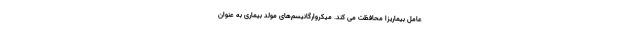
عامل بیماریزا محافظت می کند. میکروارگانیسم‌های مولد بیماری به عنوان